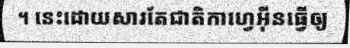
។ នេះដោយសារតែជាតិកាហ្វេអ៊ីនធ្វើឲ្យ